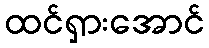
ထင်ရှားအောင်